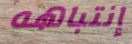
إنتباهه